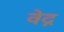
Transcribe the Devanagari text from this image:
वेद्न